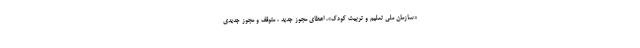
«سازمان ملی تعلیم و تربیت کودک»، اعطای مجوز جدید ، متوقف و مجوز جدیدی